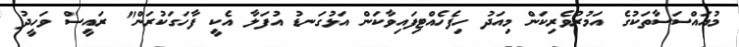
މުއައްސަސާތަކުގެ އަމުރުވެރިކަން މިއަދު ހިފެހެއްޓިފައިވާކަން އަޅުގަނޑު އުފަލާ އެކީ ފާހަގަކުރަން" ރައީސް ވަހީދު